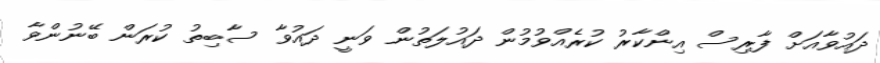
ދައުވާއަށް ފާރިސް އިންކާރު ކުރެއްވުމުން ދައުލަތުން ވަނީ ދައުވާ ސާބިތު ކުރަން ބޭނުންވާ